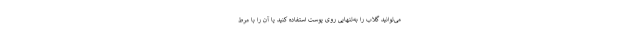
می‌توانید گلاب را به‌تنهایی روی پوست استفاده کنید یا آن را با مرط